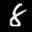
Label: 8